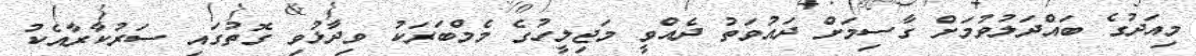
މިއަދުގެ ބައްދަލުވުމަށް ގާސިމަށް ދައުވަތު ދެއްވީ މަޖިލީހުގެ މެމްބަރަކު ވިދާޅުވި ގޮތުގައި ސަރުކާރާއެކު